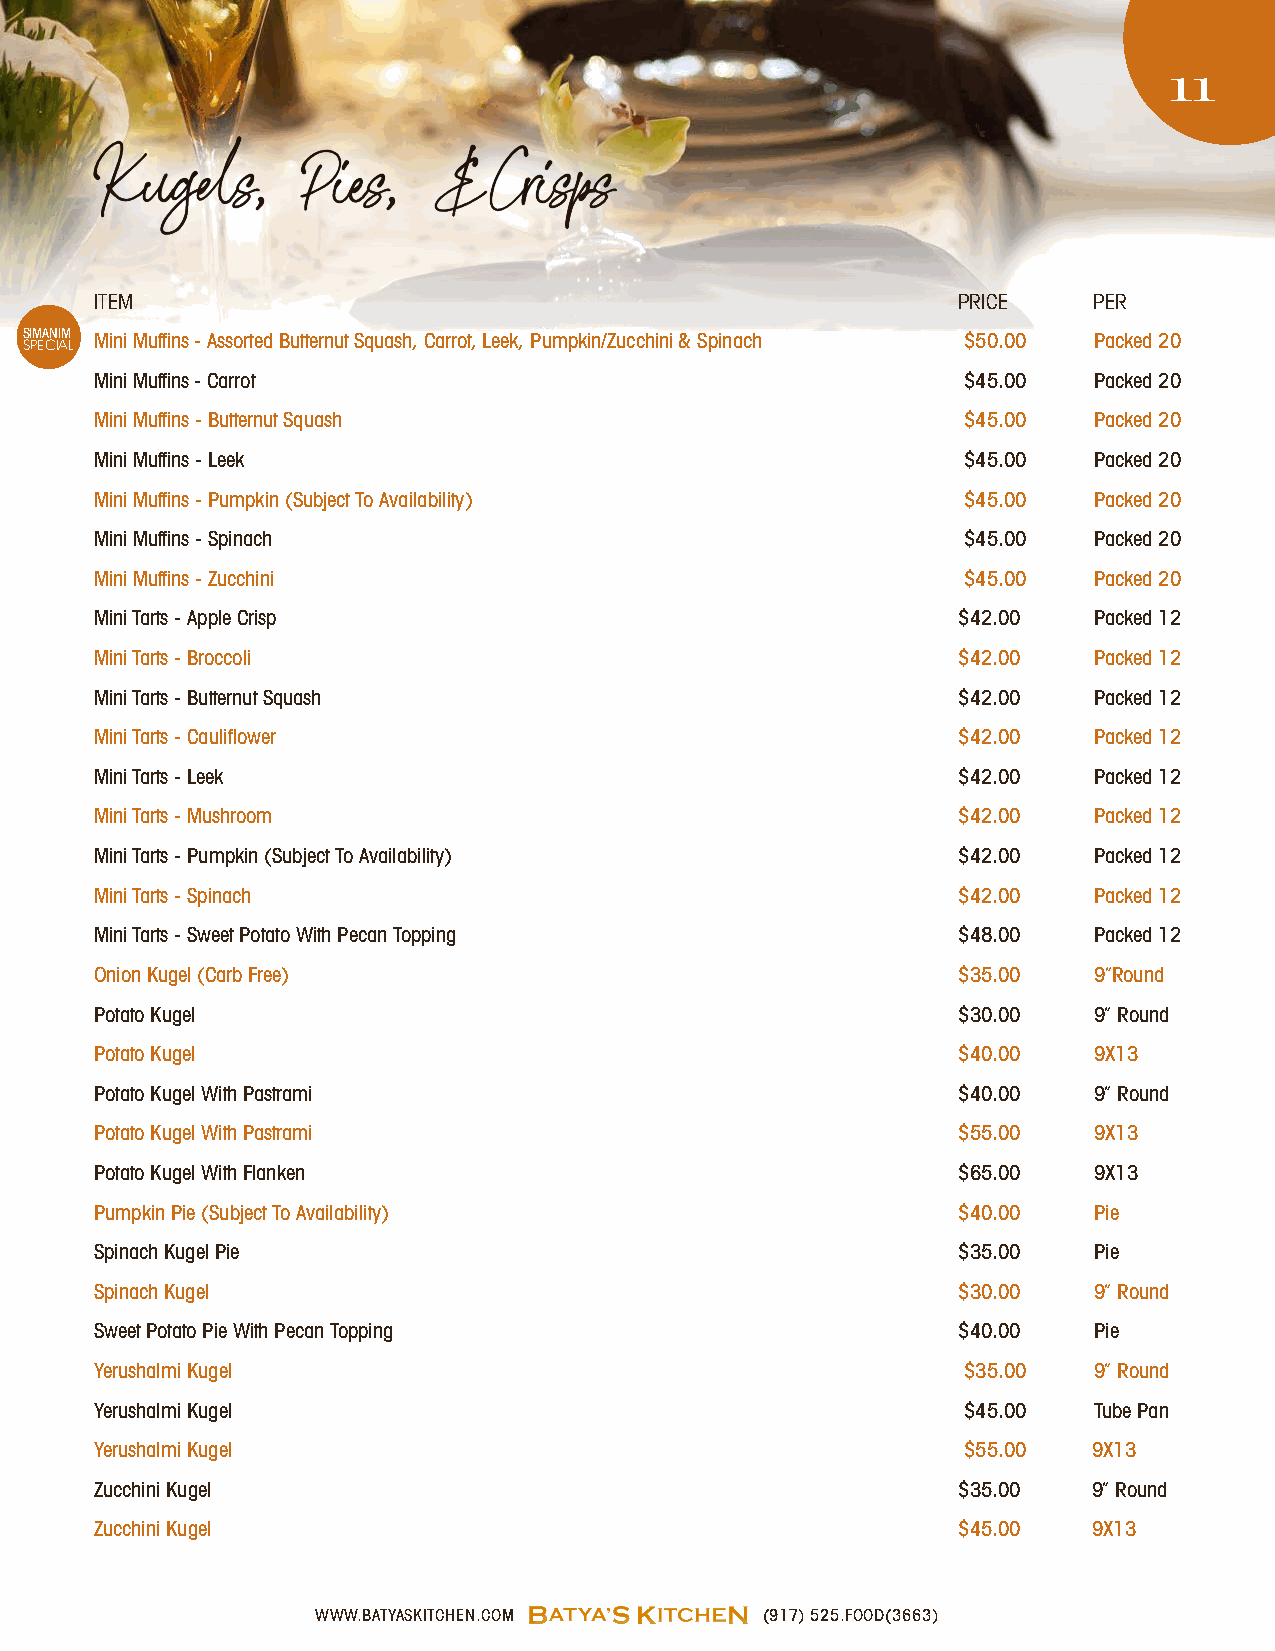
11
 Kugels,       Pies,    &  Crisps
 ITEM                                                     PRICE    PER
 SIMANIM Mini Muffins - Assorted Butternut Squash, Carrot, Leek, Pumpkin/Zucchini & Spinach $50.00 Packed 20
 SPECIAL
 Mini Muffins - Carrot                                     $45.00  Packed 20
 Mini Muffins - Butternut Squash                           $45.00  Packed 20
 Mini Muffins - Leek                                       $45.00  Packed 20
 Mini Muffins - Pumpkin (Subject To Availability)          $45.00  Packed 20
 Mini Muffins - Spinach                                    $45.00  Packed 20
 Mini Muffins - Zucchini                                   $45.00  Packed 20
 Mini Tarts - Apple Crisp                                 $42.00   Packed 12
 Mini Tarts - Broccoli                                    $42.00   Packed 12
 Mini Tarts - Butternut Squash                            $42.00   Packed 12
 Mini Tarts - Cauliflower                                 $42.00   Packed 12
 Mini Tarts - Leek                                        $42.00   Packed 12
 Mini Tarts - Mushroom                                    $42.00   Packed 12
 Mini Tarts - Pumpkin (Subject To Availability)           $42.00   Packed 12
 Mini Tarts - Spinach                                     $42.00   Packed 12
 Mini Tarts - Sweet Potato With Pecan Topping             $48.00   Packed 12
 Onion Kugel (Carb Free)                                  $35.00   9”Round
 Potato Kugel                                             $30.00   9” Round
 Potato Kugel                                             $40.00   9X13
 Potato Kugel With Pastrami                               $40.00   9” Round
 Potato Kugel With Pastrami                               $55.00   9X13
 Potato Kugel With Flanken                                $65.00   9X13
 Pumpkin Pie (Subject To Availability)                    $40.00   Pie
 Spinach Kugel Pie                                        $35.00   Pie
 Spinach Kugel                                            $30.00   9” Round
 Sweet Potato Pie With Pecan Topping                      $40.00   Pie
 Yerushalmi Kugel                                          $35.00  9” Round
 Yerushalmi Kugel                                          $45.00  Tube Pan
 Yerushalmi Kugel                                          $55.00  9X13
 Zucchini Kugel                                           $35.00   9” Round
 Zucchini Kugel                                           $45.00   9X13
 WWW.BATYASKITCHEN.COM         (917) 525.FOOD(3663)